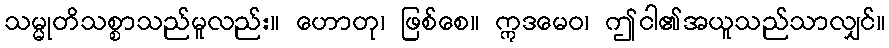
သမ္မုတိသစ္စာသည်မူလည်း။ ဟောတု၊ ဖြစ်စေ။ ဣဒမေဝ၊ ဤငါ၏အယူသည်သာလျှင်။